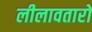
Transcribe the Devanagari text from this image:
लीलावतारों